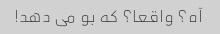
آه؟ واقعا؟ که بو می دهد!